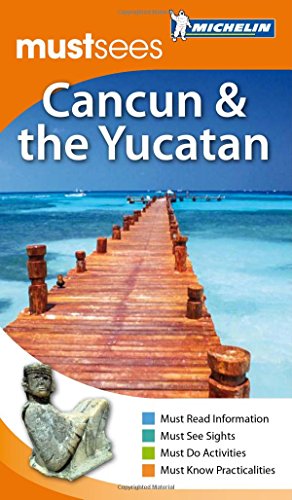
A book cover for Michelin Must Sees Cancun +The Yucatan (Must See Guides/Michelin); Michelin; Travel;